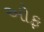
ઓફ